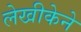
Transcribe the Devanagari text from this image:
लेखीकेने